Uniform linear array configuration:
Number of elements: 64
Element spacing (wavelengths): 1
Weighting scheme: hann
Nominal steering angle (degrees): -30
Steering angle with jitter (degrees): -31.108
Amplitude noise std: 0.05
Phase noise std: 0.05

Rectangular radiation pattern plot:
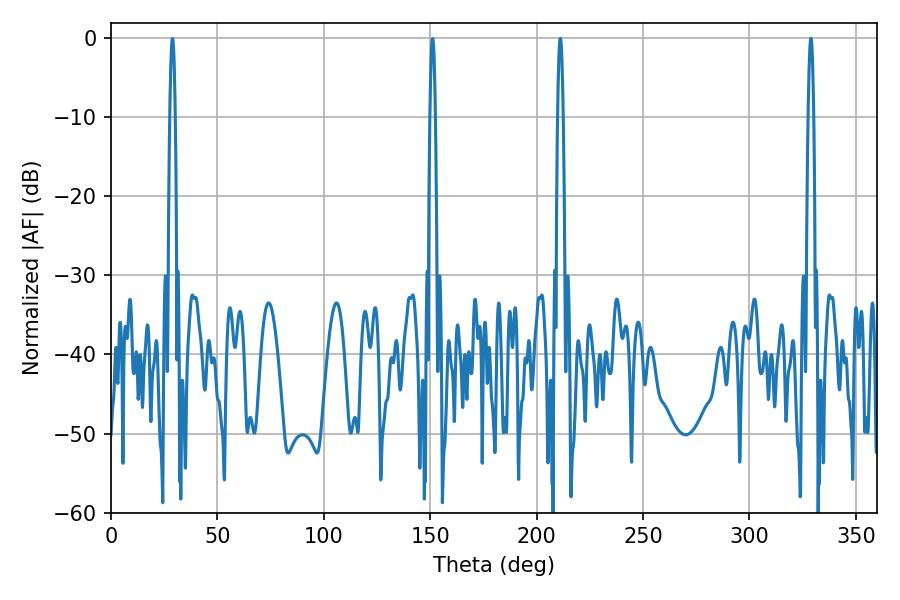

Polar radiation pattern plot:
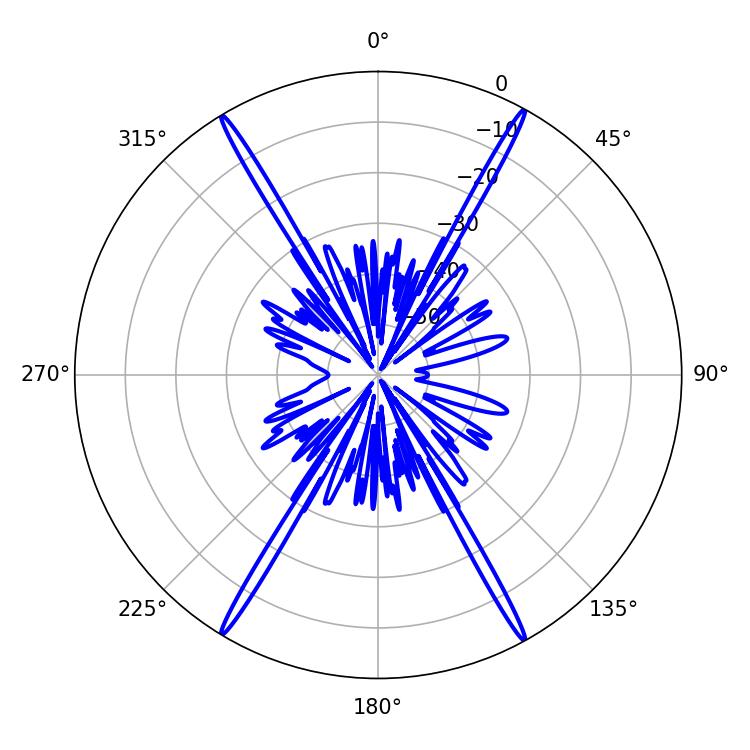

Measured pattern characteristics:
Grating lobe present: TRUE
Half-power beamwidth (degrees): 1.44
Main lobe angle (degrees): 328.86